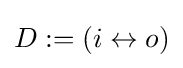
D:=\left({i}\leftrightarrow {o}\right)